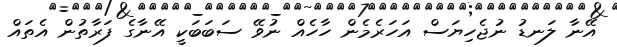
އޭނާ ލަނޑު ނުޖެހިޔަސް އަހަރެމެން ހާހެއް ނުވޭ ސަބަބަކީ އޭނާގެ ފަރާތުން އެތައް